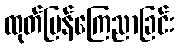
ထုတ်ပြန်ကြေညာခြင်း